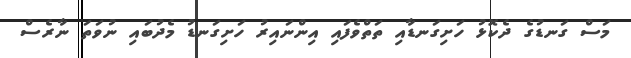
މަސް ގަނޑުގެ ދެކޮޅު ހަށިގަނޑާއި ތަތްވެފައި އިންނައިރު ހަށިގަނޑު މެދުބައި ނުވަތަ ނާރެސް